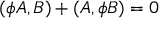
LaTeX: ( \phi A , B ) + ( A , \phi B ) = 0